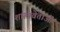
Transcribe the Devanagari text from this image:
शास्त्रवेताओं